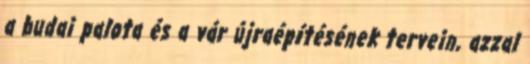
a budai palota és a vár újraépítésének tervein, azzal